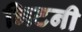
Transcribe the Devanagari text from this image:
भिटनी